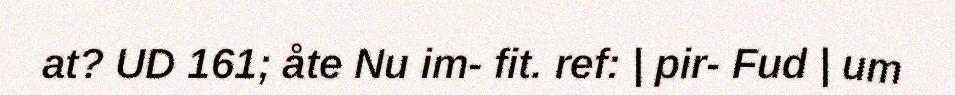
at? UD 161; åte Nu im- fit. ref: | pir- Fud | um